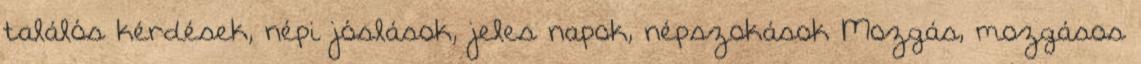
találós kérdések, népi jóslások, jeles napok, népszokások Mozgás, mozgásos